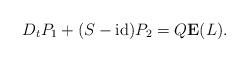
LaTeX: \begin{align*}D_tP_1+(S-\operatorname{id})P_2=Q\bold{E}(L).\end{align*}